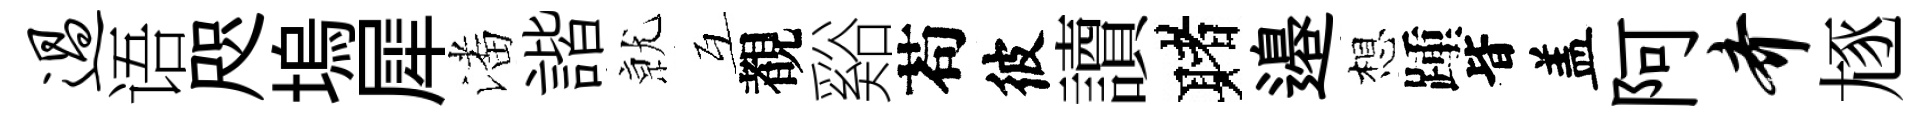
过语咫塢犀潘諧𭕒互覩谿苟彼讀赌邉想踵𣅜盖阿齐豗